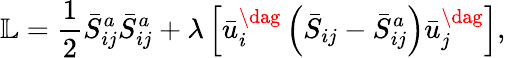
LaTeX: \mathbb{L}=\frac{1}{2}\bar{S}_{ij}^{a}\bar{S}_{ij}^{a}+\lambda\left[{\bar{u}_{i}^{\dag}\left({{{\bar{S}}_{ij}}-\bar{S}_{ij}^{a}}\right)\bar{u}_{j}^{\dag}}\right],